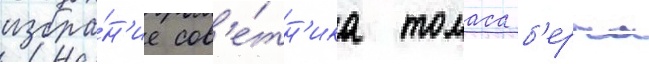
избра́н'ие сов'е́тн'ика томаса б'ерча